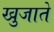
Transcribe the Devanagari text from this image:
खुजाते